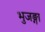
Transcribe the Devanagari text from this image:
भुजङ्गा